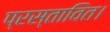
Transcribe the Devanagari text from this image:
प्रस्तावित।